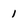
Character: 1